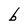
Character: b